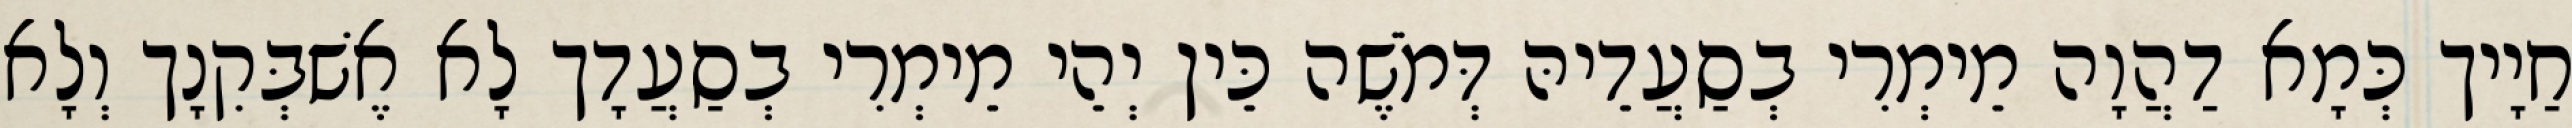
חַיָיך כְּמָא דַהֲוָה מֵימְרִי בְסַעֲדֵיהּ דְּמֹשֶׁה כֵּין יְהֵי מֵימְרִי בְסַעֲדָך לָא אֶשׁבְּקִנָך וְלָא